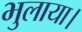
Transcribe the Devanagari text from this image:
भुलाया।